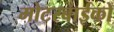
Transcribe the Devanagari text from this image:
मोटरबाईकों